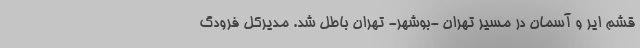
قشم ایر و آسمان در مسیر تهران -بوشهر- تهران باطل شد. مدیرکل فرودگ